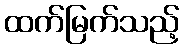
ထက်မြက်သည့်